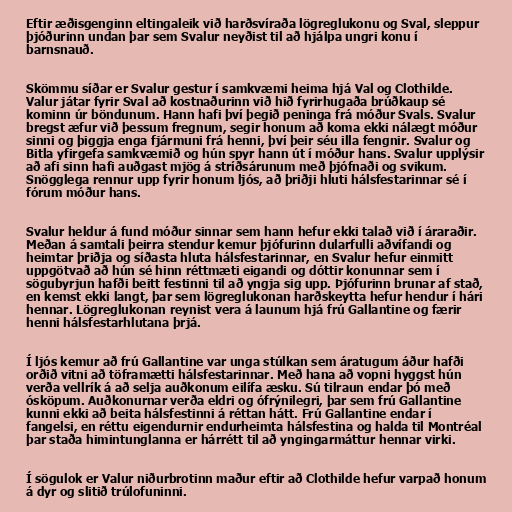
Eftir æðisgenginn eltingaleik við harðsvíraða lögreglukonu og Sval, sleppur
þjóðurinn undan þar sem Svalur neyðist til að hjálpa ungri konu í
barnsnauð.

Skömmu síðar er Svalur gestur í samkvæmi heima hjá Val og Clothilde.
Valur játar fyrir Sval að kostnaðurinn við hið fyrirhugaða brúðkaup sé
kominn úr böndunum. Hann hafi því þegið peninga frá móður Svals. Svalur
bregst æfur við þessum fregnum, segir honum að koma ekki nálægt móður
sinni og þiggja enga fjármuni frá henni, því þeir séu illa fengnir. Svalur og
Bitla yfirgefa samkvæmið og hún spyr hann út í móður hans. Svalur upplýsir
að afi sinn hafi auðgast mjög á stríðsárunum með þjófnaði og svikum.
Snögglega rennur upp fyrir honum ljós, að þriðji hluti hálsfestarinnar sé í
fórum móður hans.

Svalur heldur á fund móður sinnar sem hann hefur ekki talað við í áraraðir.
Meðan á samtali þeirra stendur kemur þjófurinn dularfulli aðvífandi og
heimtar þriðja og síðasta hluta hálsfestarinnar, en Svalur hefur einmitt
uppgötvað að hún sé hinn réttmæti eigandi og dóttir konunnar sem í
sögubyrjun hafði beitt festinni til að yngja sig upp. Þjófurinn brunar af stað,
en kemst ekki langt, þar sem lögreglukonan harðskeytta hefur hendur í hári
hennar. Lögreglukonan reynist vera á launum hjá frú Gallantine og færir
henni hálsfestarhlutana þrjá.

Í ljós kemur að frú Gallantine var unga stúlkan sem áratugum áður hafði
orðið vitni að töframætti hálsfestarinnar. Með hana að vopni hyggst hún
verða vellrík á að selja auðkonum eilífa æsku. Sú tilraun endar þó með
ósköpum. Auðkonurnar verða eldri og ófrýnilegri, þar sem frú Gallantine
kunni ekki að beita hálsfestinni á réttan hátt. Frú Gallantine endar í
fangelsi, en réttu eigendurnir endurheimta hálsfestina og halda til Montréal
þar staða himintunglanna er hárrétt til að yngingarmáttur hennar virki.

Í sögulok er Valur niðurbrotinn maður eftir að Clothilde hefur varpað honum
á dyr og slitið trúlofuninni.